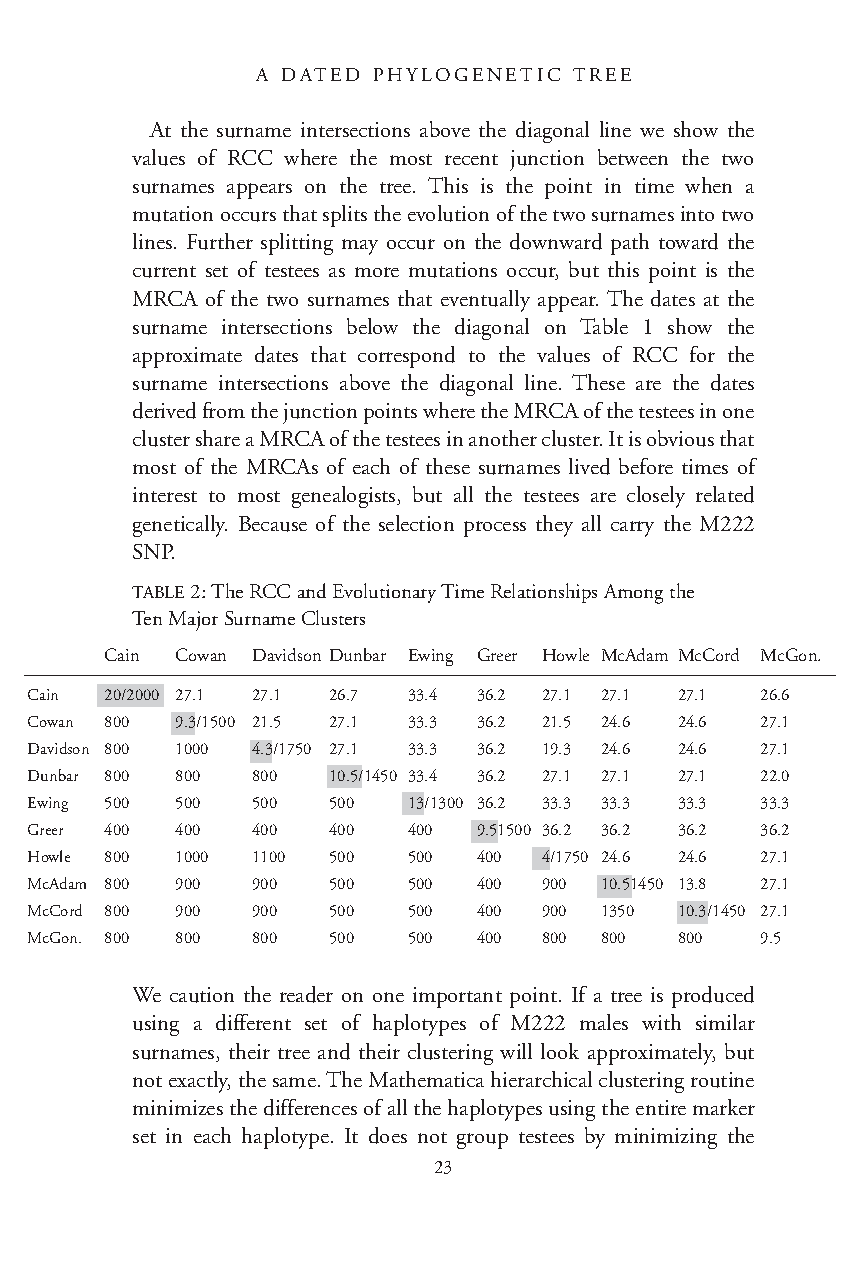
A DATED PHYLOGENETIC TREE
 At the surname intersections above the diagonal line we show the
 values of RCC where the most recent junction between the two
 surnames appears on the tree. This is the point in time when a
 mutation occurs that splits the evolution of the two surnames into two
 lines. Further splitting may occur on the downward path toward the
 current set of testees as more mutations occur, but this point is the
 MRCA of the two surnames that eventually appear. The dates at the
 surname intersections below the diagonal on Table 1 show the
 approximate dates that correspond to the values of RCC for the
 surname intersections above the diagonal line. These are the dates
 derived from the junction points where the MRCA of the testees in one
 cluster share a MRCA of the testees in another cluster. It is obvious that
 most of the MRCAs of each of these surnames lived before times of
 interest to most genealogists, but all the testees are closely related
 genetically. Because of the selection process they all carry the M222
 SNP.
 TABLE2: The RCC and Evolutionary Time Relationships Among the
 Ten Major Surname Clusters
 Cain Cowan Davidson Dunbar Ewing Greer Howle McAdam McCord McGon.
 Cain 20/2000 27.1 27.1 26.7 33.4 36.2 27.1 27.1 27.1 26.6
 Cowan 800 9.3/1500 21.5 27.1 33.3 36.2 21.5 24.6 24.6 27.1
 Davidson 800 1000 4.3/1750 27.1 33.3 36.2 19.3 24.6 24.6 27.1
 Dunbar 800 800 800  10.5/1450 33.4 36.2 27.1 27.1 27.1 22.0
 Ewing 500 500  500  500  13/1300 36.2 33.3 33.3 33.3 33.3
 Greer 400 400  400  400  400  9.51500 36.2 36.2 36.2 36.2
 Howle 800 1000 1100 500  500  400 4/1750 24.6 24.6 27.1
 McAdam 800 900 900  500  500  400 900 10.51450 13.8 27.1
 McCord 800 900 900  500  500  400 900 1350 10.3/1450 27.1
 McGon. 800 800 800  500  500  400 800 800  800  9.5
 We caution the reader on one important point. If a tree is produced
 using a different set of haplotypes of M222 males with similar
 surnames, their tree and their clustering will look approximately, but
 not exactly, the same. The Mathematica hierarchical clustering routine
 minimizes the differences of all the haplotypes using the entire marker
 set in each haplotype. It does not group testees by minimizing the
 23